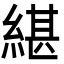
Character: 𦂼